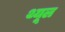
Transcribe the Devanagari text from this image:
थ्यूल